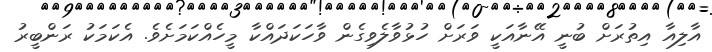
އާލިއާ އިތުރަށް ބުނީ އޭނާއަކީ ވަރަށް ހުޅުވާލެވިގެން ވާހަކަދައްކާ މީހެއްކަމަށެވެ. އެކަމަކު ރަންބީރު